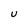
Character: U